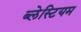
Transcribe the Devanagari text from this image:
ब्लेस्टियम